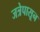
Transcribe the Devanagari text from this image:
जत्रेपासून